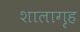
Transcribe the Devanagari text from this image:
शालागृह